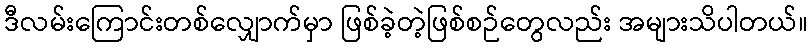
ဒီလမ်းကြောင်းတစ်လျှောက်မှာ ဖြစ်ခဲ့တဲ့ဖြစ်စဉ်တွေလည်း အများသိပါတယ်။